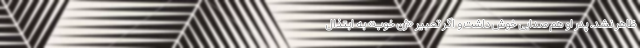
ظاهر نشد. پدر او هم صدایی خوش داشت و اگر تعبیر «ژن خوب» به ابتذال